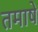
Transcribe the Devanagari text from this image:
तमाषे